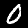
Digit: 0